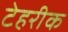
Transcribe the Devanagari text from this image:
टेहरीक